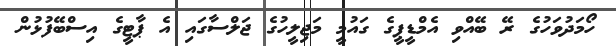
ހޯމަދުވަހުގެ ރޭ ބޭއްވި އެމްޑީޕީގެ ގައުމީ މަޖިލީހުގެ ޖަލްސާގައި އެ ޕާޓީގެ އިސްބޭފުޅުން